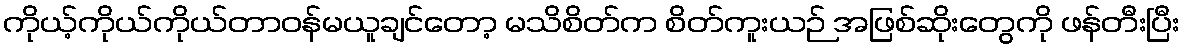
ကိုယ့်ကိုယ်ကိုယ်တာဝန်မယူချင်တော့ မသိစိတ်က စိတ်ကူးယဉ် အဖြစ်ဆိုးတွေကို ဖန်တီးပြီး